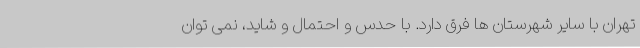
تهران با سایر شهرستان ها فرق دارد. با حدس و احتمال و شاید، نمی توان